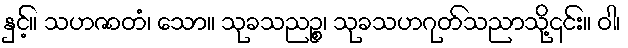
နှင့်။ သဟဇာတံ၊ သော။ သုခသညဉ္စ၊ သုခသဟဂုတ်သညာသို့၎င်း။ ဝါ၊